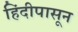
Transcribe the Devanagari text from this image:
हिंदीपासून